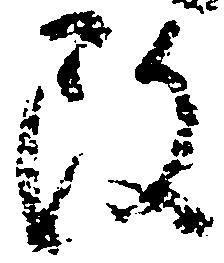
改